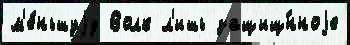
м'е́ньшуjу Волк л'ишь защищ́нноjе